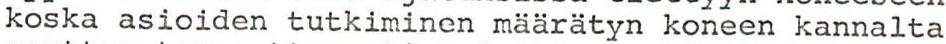
koska asioiden tutkiminen määrätyn koneen kannalta